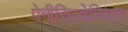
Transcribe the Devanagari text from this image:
पेनीसिल्वेनियन